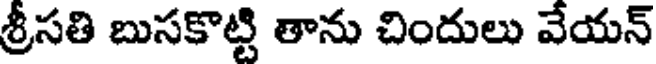
శ్రీసతి బుసకొట్టి తాను చిందులు వేయన్